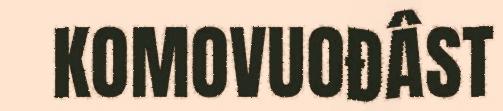
KOMOVUOĐÂST